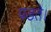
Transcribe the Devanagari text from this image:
पडते।